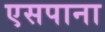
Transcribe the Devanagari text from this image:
एसपाना